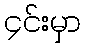
၄င်းမှာ